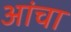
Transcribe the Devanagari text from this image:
आंचा